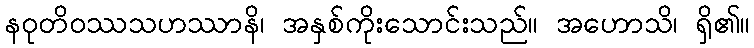
နဝုတိဝဿသဟဿာနိ၊ အနှစ်ကိုးသောင်းသည်။ အဟောသိ၊ ရှိ၏။